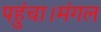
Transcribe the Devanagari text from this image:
पहुंचा।मंगल